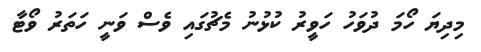
މިދިޔަ ހޯމަ ދުވަހު ހަވީރު ކުޅުނު މެޗުގައި ވެސް ވަނީ ހަތަރު ވޯޓާ